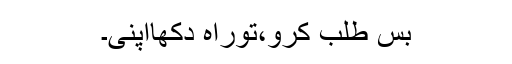
بس طلب کرو،توراہ دکھااپنی۔